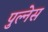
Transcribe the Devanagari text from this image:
पुल्नेस